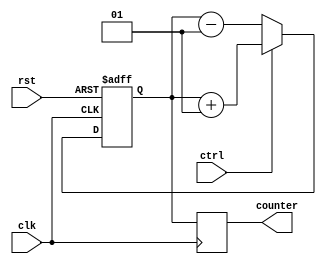
module up_down_counter (
    input wire clk,
    input wire rst,
    input wire ctrl,
    output reg [7:0] counter
);

reg signed [7:0] value;

always @(posedge clk or posedge rst) begin
    if (rst) begin
        value <= 8'h00; // Initial value
    end else begin
        if (ctrl) begin
            value <= value + 1; // Increment
        end else begin
            value <= value - 1; // Decrement
        end
    end
end

always @(posedge clk) begin
    counter <= value;
end

endmodule